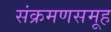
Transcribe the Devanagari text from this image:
संक्रमणसमूह